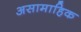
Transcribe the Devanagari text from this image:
असामाहिक